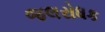
જલરોધક